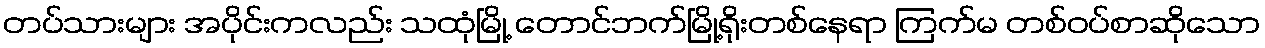
တပ်သားများ အပိုင်းကလည်း သထုံမြို့ တောင်ဘက်မြို့ရိုးတစ်နေရာ ကြက်မ တစ်ဝပ်စာဆိုသော